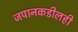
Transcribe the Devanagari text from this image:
जपानकडीलही